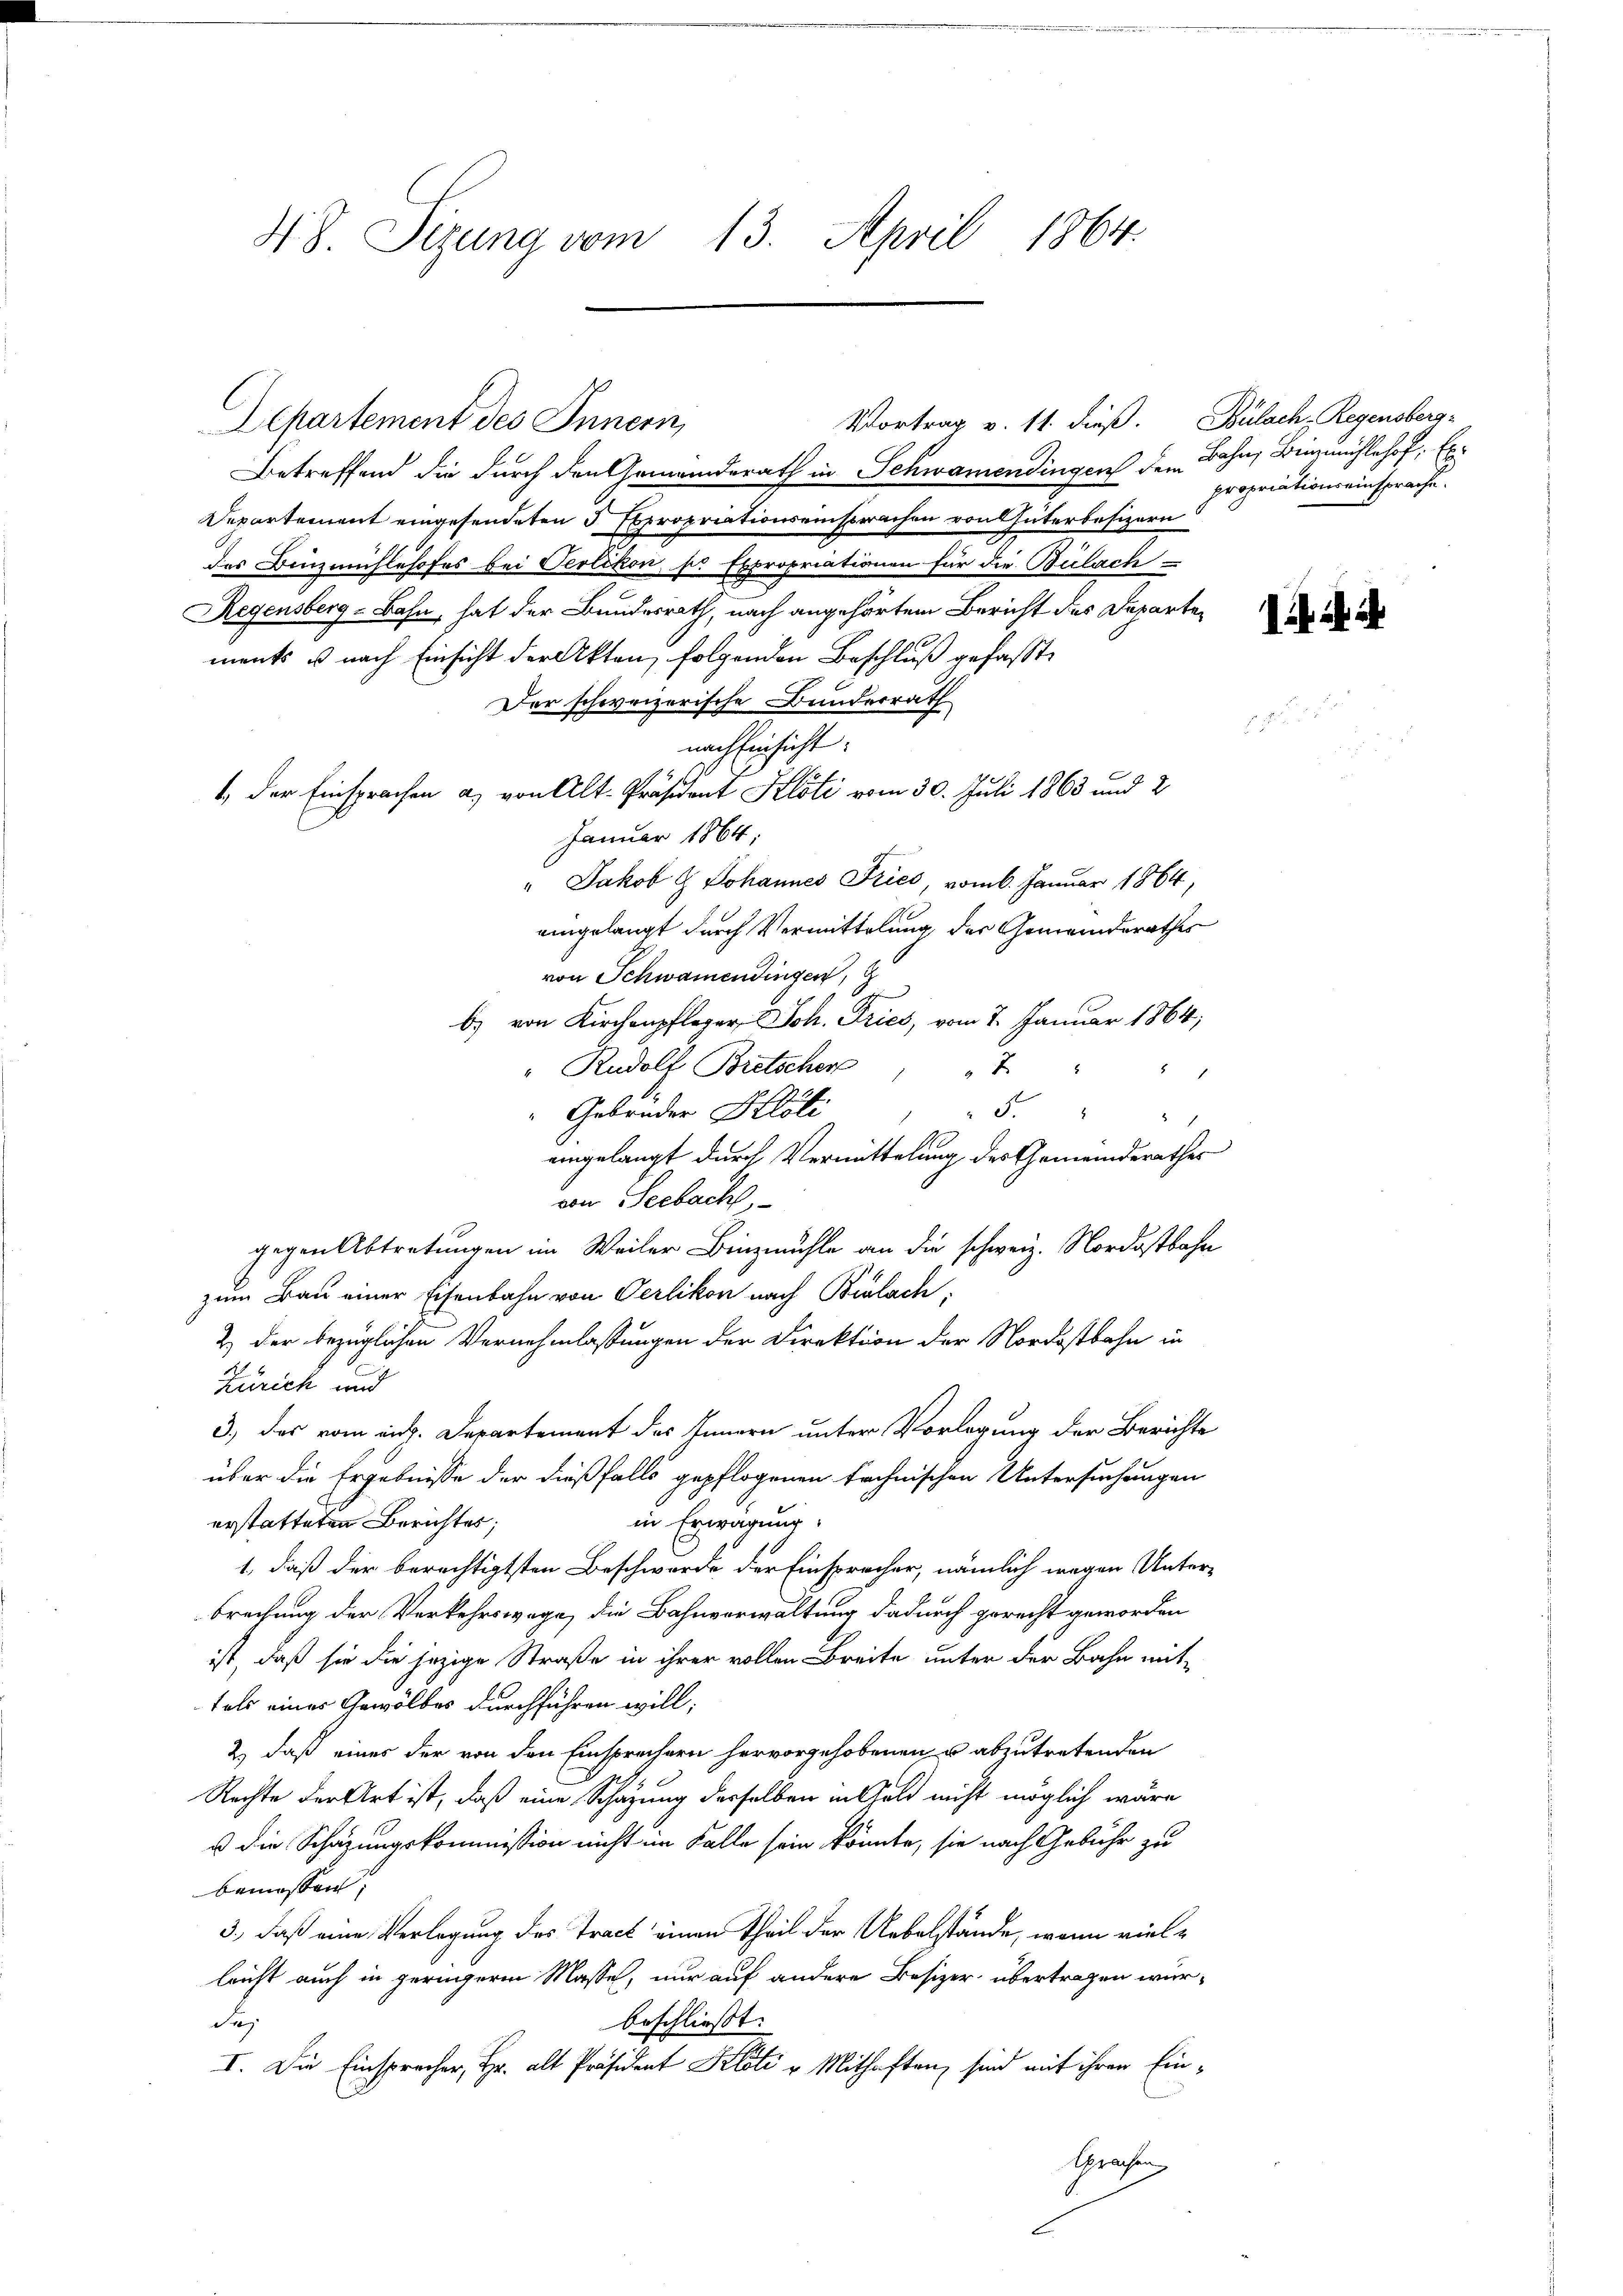
48. Sizung vom 13. April 1864.

Betreffend die durch den Gemeinderath in Schwamendingen dem
Departement eingesendeten 3 Expropriationseinsprachen von hüterbesizern
des Binzmühlehofes bei Oerlikon, so Expropriationen für die Bülach
Regensberg-Bahn, hat der Bundesrath, nach angehörtem Bericht des Departements u nach Einsicht der Akten, folgenden Beschluß gefasste
Der schweizerische Bundesrath
.
nach Einsicht:
4 der Einsprachen a) von Alt-Präsident Klöti vom 30. Juli 1863 und 2
Januar 1864;
" Jakob G Johannes Fries, vom 6. Januar 1864,
eingelangt durch Vermittelung der Gemeinderathes
von Schwamendingen,
b) von Kirchenpfleger Joh. Pries, vom 7. Januar 1864;
" Rudolf Bretscher
2
d
" Gebrüder Poli
Fr " " 2
eingelangt durch Vermittelung des Gemeindsrathes
von Seebach,
gegen Abtretungen im Weiler Binzmühle an die schweiz. Nordostbahn
zum Bau einer Eisenbahn von Oerlikon nach Bialach,
2) der bezüglichen Vernehmlassungen der Direktion der Nordostbahn in
Zürich und
3.) Das vom eid. Departement des Innern unter Vorlegung der Berichte
über die Ergebnisse der dießfalls gepflogenen technischen Untersuchungen
in Erwärung:
erstatteten Berichtes;
1, daß der berechtigtsten Beschwerde der Einsprecher, nämlich wegen Unter-
brechung der Verkehrswege, die Bahnverwaltung dadurch gerecht geworden
ist, daß sie die jezige Straße in ihrer vollen Breite unter der Bahn mit-
tals eines Gewölbes durchführen will;
2) daß eines der von den Einsprechern hervorgehobenen u abzutretenden
Rechte der Art ist, daß eine Schazung derselben in Feld nicht möglich wäre
u die Schazungskommission nicht im Falle sein könnte, sie nach Gebühr zu
benessen;
3., daß eine Verlegung des Tract einen Theil der Uebelstände, wenn viellricht auch in geringeren Masse, nur auf andere Besizer übertragen würbeschließt:
Fry
I. Die Einsprecher, Hr. alt Präsident Klöti v. Mithaften, sind mit ihren Einsprachen

Departement des Innern,

Vortrag v. 11. dieß. Bulach, Regensberg-

Bahn, Binzmühlehof. Ex
propriationseinsprache.